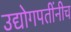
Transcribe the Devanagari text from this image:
उद्योगपतींनीच